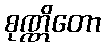
စုဏ္ဏိတော